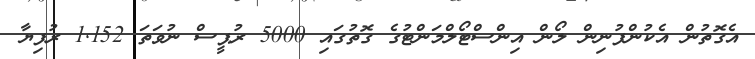
އެގޮތުން އެކުންފުނިން ލޯން އިންސްޓޯލްމަންޓުގެ ގޮތުގައި 5000 ރުޕީސް ނުވަތަ 1